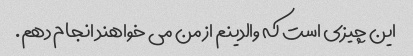
این چیزی است که والدینم از من می خواهند انجام دهم.